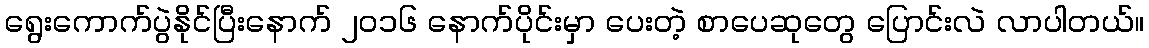
ရွေးကောက်ပွဲနိုင်ပြီးနောက် ၂၀၁၆ နောက်ပိုင်းမှာ ပေးတဲ့ စာပေဆုတွေ ပြောင်းလဲ လာပါတယ်။